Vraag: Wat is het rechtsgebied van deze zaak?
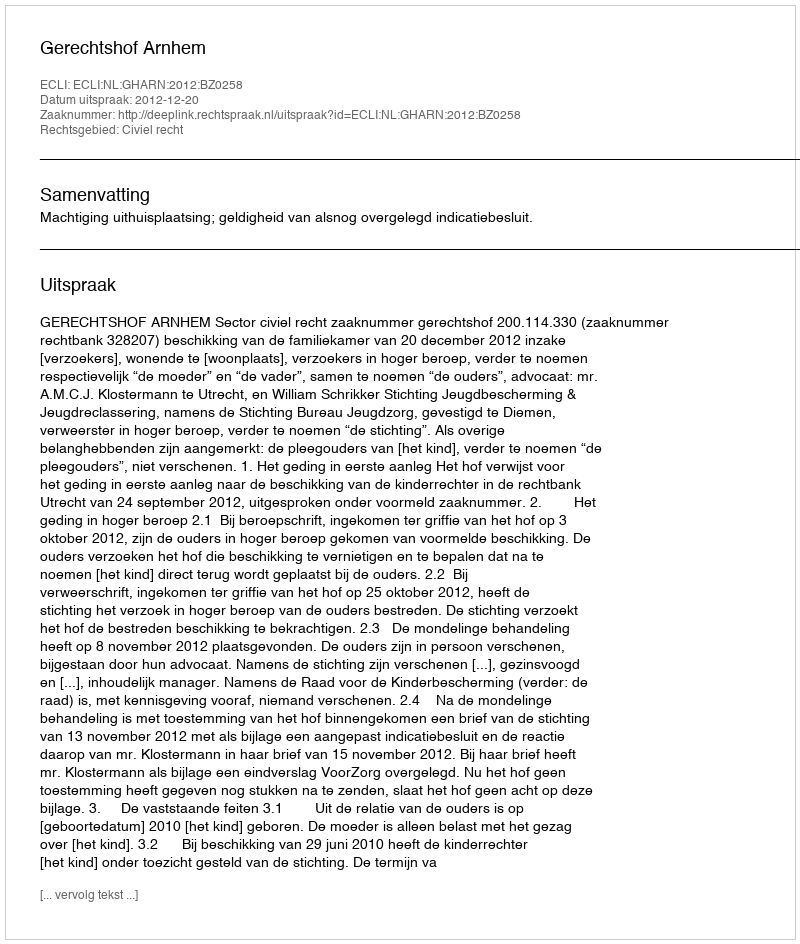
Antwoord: Civiel recht